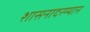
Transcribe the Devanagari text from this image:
शासनादरम्यान